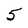
Character: 5